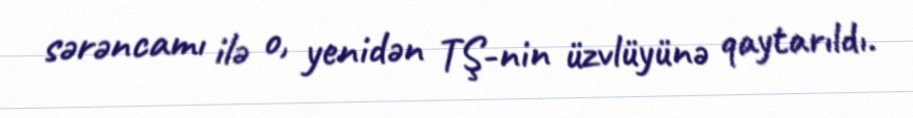
sərəncamı ilə o, yenidən TŞ-nin üzvlüyünə qaytarıldı.